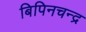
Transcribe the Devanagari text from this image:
बिपिनचन्द्र